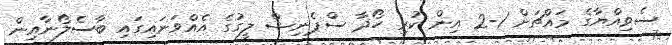
ސެވިއްޔާގެ މައްޗަށް 1-2 އިން ކުރި ހޯދާ ސްޕެނިޝް ލީގުގެ އެއްވަނައިގައި ބާސެލޯނާއިން